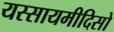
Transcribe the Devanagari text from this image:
यस्सायमीदिसो